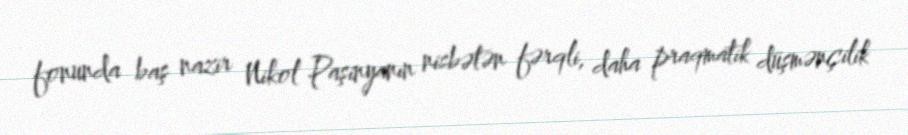
fonunda baş nazir Nikol Paşinyanın nisbətən fərqli, daha praqmatik düşmənçilik